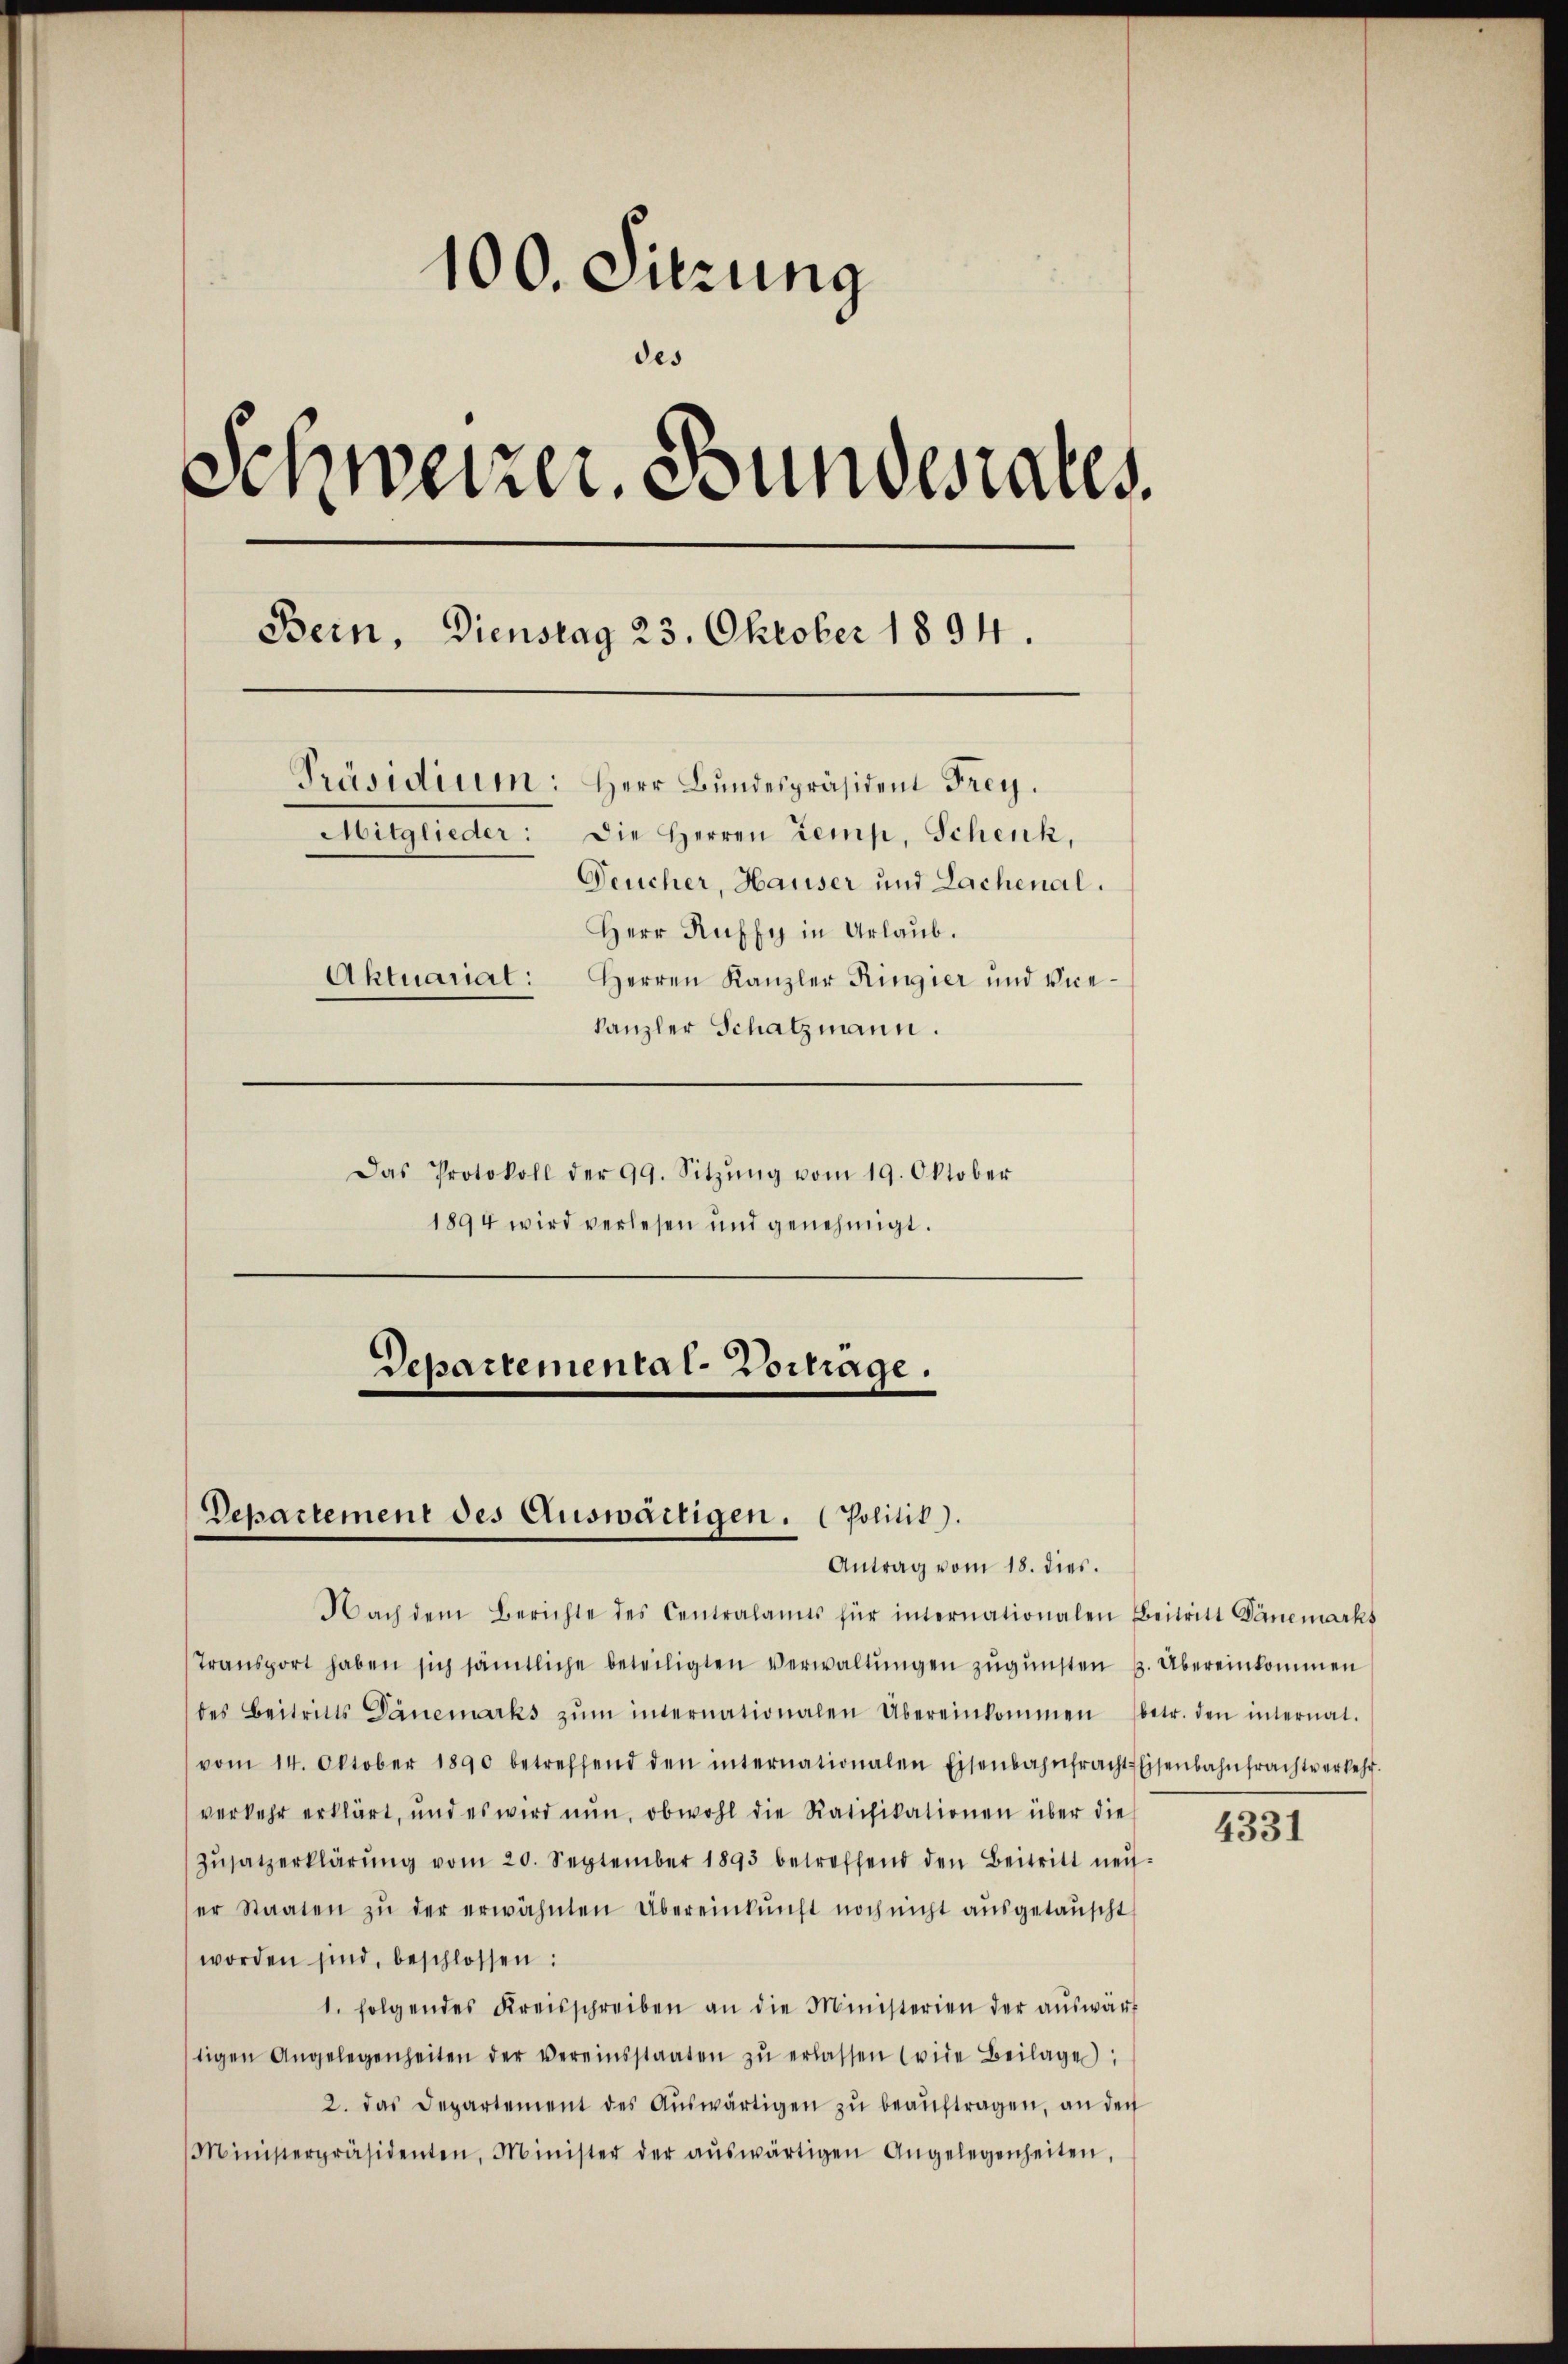
100. Sitzung
des
Schweizer. Bundesrates
Bern, Dienstag 23. Oktober 1894.
Präsidium: Herr Bundespräsident Frey.
Die Herren Lemp, Schenk,
Mitglieder:
Deucher, Hauser und Lachenal.
Herr Ruffy in Urlaub.
Aktuariat: Herren Kanzler Ringier und Vice-
kanzler Schatzmann.
Das Protokoll der 99. Sitzŭng vom 19. Oktober
1894 wird verlesen und genehmigt.

Departemental-Vortrage.
Departement des Auswärtigen. (Politik).
Antrag vom 18. dies.

Nach dem Berichte des Centralamts für internationalen Beitritt Dänemarks
Transport haben sich sämtliche beteiligten Verwaltŭngen zugunsten s. Übereinkommen
des Beitritts Dänemarks zŭm internationalen Übereinkommen (betr. den internat.
vom 14. Oktober 1890 betreffend den internationalen Eisenbahnfracht Eisenbahntrachte erkehr.
verkehr erklärt, und es wird nun, obwohl die Ratifikationen über die
Zŭsatzerklärŭng vom 20. September 1895 betreffend den Beitritt nei-
er Staaten zŭ der erwähnten Übereinkunft noch nicht aŭsgetauscht
worden sind, beschlossen:
1. folgendes Kreisschreiben an die Ministerien der aŭswärt
tigen Angelegenheiten der vereinsstaaten zŭ erlassen (wie Beilage:
2. das Departement des Aŭswärtigen zŭ beaŭftragen, an den
Ministerpräsidenten, Minister der aŭswärtigen Angelegenheiten,

4331